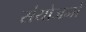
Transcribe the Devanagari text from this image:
संयोजनो